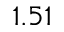
1 . 5 1